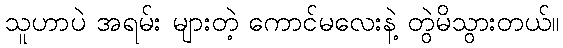
သူဟာပဲ အရမ်း များတဲ့ ကောင်မလေးနဲ့ တွဲမိသွားတယ်။